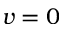
v = 0